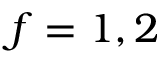
f = 1 , 2